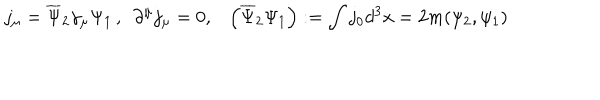
j _ { \mu } = \overline { { { \Psi } } } _ { 2 } \gamma _ { \mu } \Psi _ { 1 } \, , \, \, \, \partial ^ { \mu } j _ { \mu } = 0 , \, \, \, \, \, \left( \overline { { { \Psi } } } _ { 2 } \Psi _ { 1 } \right) : = \int j _ { 0 } d ^ { 3 } x = 2 m ( \psi _ { 2 } , \psi _ { 1 } ) \,